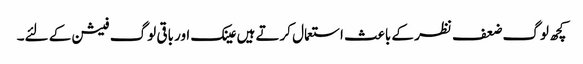
کچھ لوگ ضعف نظر کے باعث استعمال کرتے ہیں عینک اور باقی لوگ فیشن کے لئے۔